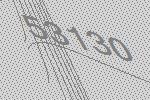
53130